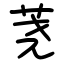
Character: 荛